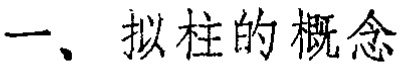
一、拟柱的概念